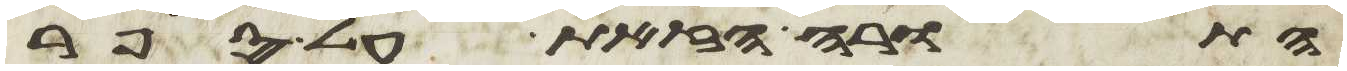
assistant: התורה הזאת על ספר